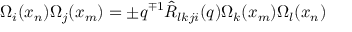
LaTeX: \Omega _ { i } ( x _ { n } ) \Omega _ { j } ( x _ { m } ) = \pm q ^ { \mp 1 } \hat { { \cal R } } _ { l k j i } ( q ) \Omega _ { k } ( x _ { m } ) \Omega _ { l } ( x _ { n } )